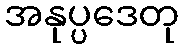
အနုပ္ပဒေတု